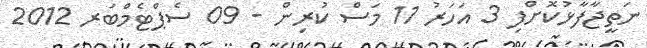
ނަތީޖާފާޅުކޮށްފި 3 އަހަރު 11 މަސް ކުރިން - 09 ސެޕްޓެމްބަރ 2012